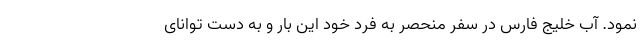
نمود. آب خلیج فارس در سفر منحصر به فرد خود این بار و به دست توانای